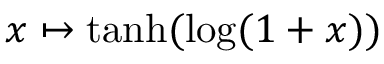
x \mapsto \operatorname { t a n h } ( \log ( 1 + x ) )